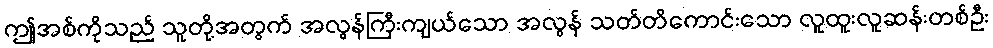
ဤအစ်ကိုသည် သူတို့အတွက် အလွန်ကြီးကျယ်သော အလွန် သတ်တိကောင်းသော လူထူးလူဆန်းတစ်ဦး